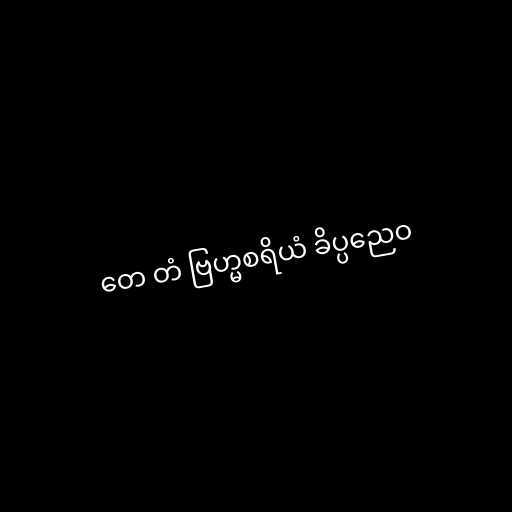
တေ တံ ဗြဟ္မစရိယံ ခိပ္ပညေဝ